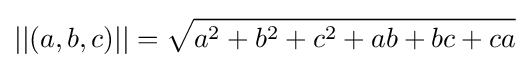
||(a,b,c)||={\sqrt {a^{2}+b^{2}+c^{2}+ab+bc+ca}}